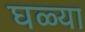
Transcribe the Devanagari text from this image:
घळ्या